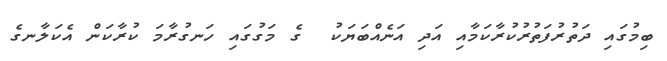
ބިމުގައި ދަތުރުފަތުރުކުރާކަމާއި އަދި އަނެއްބަޔަކު  ގެ މަގުގައި ހަނގުރާމަ ކުރާކަން އެކަލާނގެ